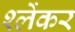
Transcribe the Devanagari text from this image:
श्लेंकर